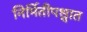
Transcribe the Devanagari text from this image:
निर्मितीपश्चात